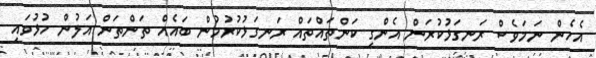
އެހެން ނަމަވެސް ރަނގަޅުކުރަން އެންގި ކަންތައްތައް ރަނގަޅުކުރުމުން ބައެއް ތަންތަން އަލުން ހުޅުވައި